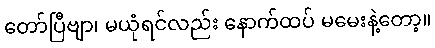
တော်ပြီဗျာ၊ မယုံရင်လည်း နောက်ထပ် မမေးနဲ့တော့။